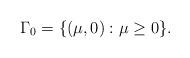
LaTeX: \begin{align*}\Gamma_0 = \{ (\mu, 0) : \mu \geq 0\}.\end{align*}